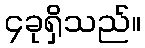
၄ခုရှိသည်။